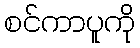
စင်ကာပူကို